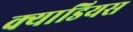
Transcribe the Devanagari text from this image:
क्याडियस